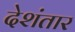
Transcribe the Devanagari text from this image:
देशंतार